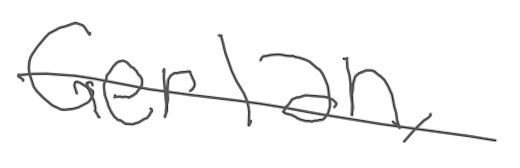
Text: Gerlan,
Cross-out: single-line
Writing tool: digital_gray